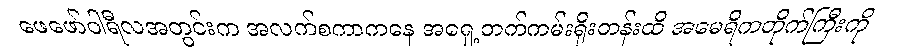
ဖေဖော်ဝါရီလအတွင်းက အလက်စကာကနေ အရှေ့ဘက်ကမ်းရိုးတန်းထိ အမေရိကတိုက်ကြီးကို